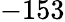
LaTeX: -153